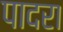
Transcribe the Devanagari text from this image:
पादरा